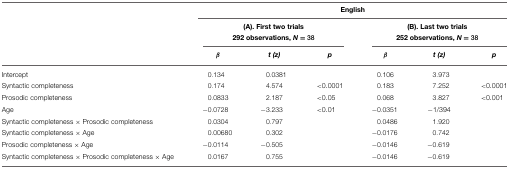
|  | <COLSPAN=6> English |
 |  | <COLSPAN=3> (A). First two trials 292 observations, N = 38 | <COLSPAN=3> (B). Last two trials 252 observations, N = 38 |
 |  | β | t (z) | p | β | t (z) | p |
 | --- | --- | --- | --- | --- | --- | --- |
 | Intercept | 0.134 | 0.0381 |  | 0.106 | 3.973 |  |
 | Syntactic completeness | 0.174 | 4.574 | <0.0001 | 0.183 | 7.252 | <0.0001 |
 | Prosodic completeness | 0.0833 | 2.187 | <0.05 | 0.068 | 3.827 | <0.001 |
 | Age | −0.0728 | −3.233 | <0.01 | −0.0351 | −1/394 |  |
 | Syntactic completeness × Prosodic completeness | 0.0304 | 0.797 |  | 0.0486 | 1.920 |  |
 | Syntactic completeness × Age | 0.00680 | 0.302 |  | −0.0176 | 0.742 |  |
 | Prosodic completeness × Age | −0.0114 | −0.505 |  | −0.0146 | −0.619 |  |
 | Syntactic completeness × Prosodic completeness × Age | 0.0167 | 0.755 |  | −0.0146 | −0.619 |  |